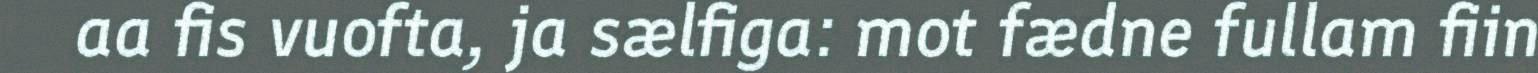
aa fis vuofta, ja sælfiga: mot fædne fullam fiin